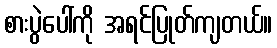
စားပွဲပေါ်ကို အရင်ပြုတ်ကျတယ်။